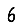
Digit: 6